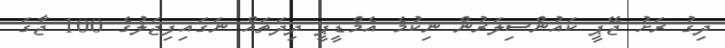
ދިގު ރަށު ޖޭޕީ ކައުންސިލަރުން ނިކުމެ އެމްޑީޕީ ދިދަތައް ނަގައިފިޖަލުގެ 100 ޖާގަ